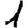
Digit: 1